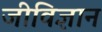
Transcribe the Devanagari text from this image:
जीविज्ञान